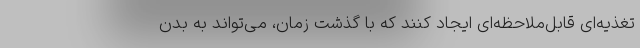
تغذیه‌ای قابل‌ملاحظه‌ای ایجاد کنند که با گذشت زمان، می‌تواند به بدن